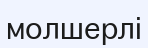
молшерлі